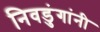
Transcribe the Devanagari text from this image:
निवडुंगांनी